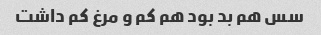
سس هم بد بود هم کم و مرغ کم داشت